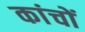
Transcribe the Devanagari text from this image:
कांचों